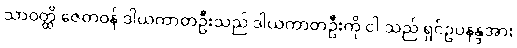
သာဝတ္ထိ ဇေတဝန် ဒါယကာတဦးသည် ဒါယကာတဦးကို ငါ သည် ရှင်ဥပနန္ဒအား